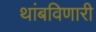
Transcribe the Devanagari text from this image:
थांबविणारी